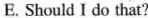
E.Should I do that? F. so I rode my bicycle